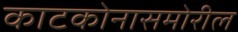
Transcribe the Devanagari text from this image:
काटकोनासमोरील